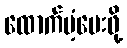
ထောက်ပံ့ပေးဖို့